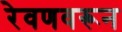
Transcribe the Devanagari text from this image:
रेवणवरून